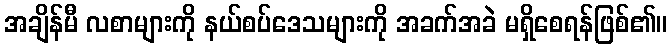
အချိန်မီ လစာများကို နယ်စပ်ဒေသများကို အခက်အခဲ မရှိစေရန်ဖြစ်၏။